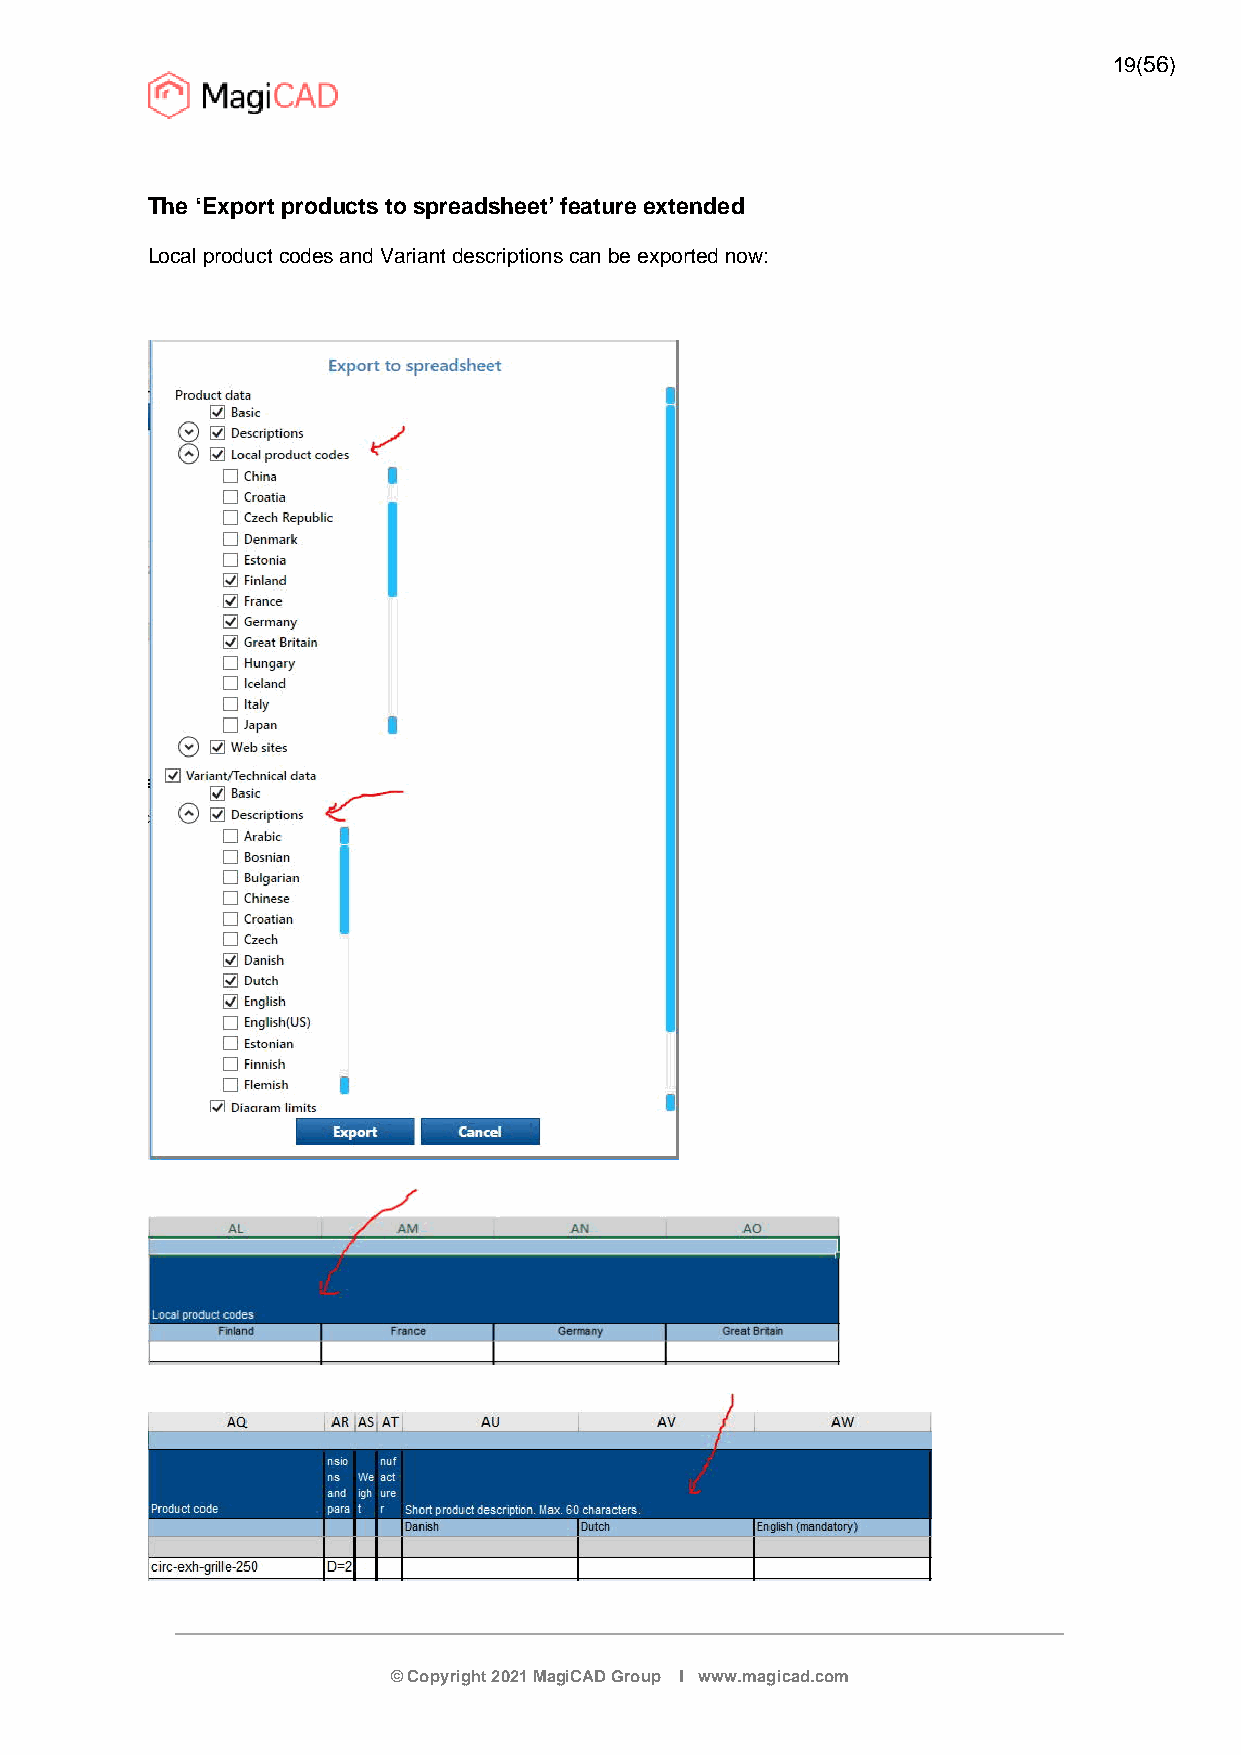
19(56)
 The ‘Export products to spreadsheet’ feature extended
 Local product codes and Variant descriptions can be exported now:
 © Copyright 2021 MagiCAD Group I www.magicad.com